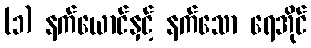
(၁) နက်ယောင်နှင့် နက်သော ရေအိုင်